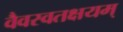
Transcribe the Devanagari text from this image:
वैवस्वतक्षयम्